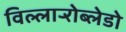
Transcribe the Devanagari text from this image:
विल्लार्‍रोब्लेडो